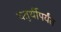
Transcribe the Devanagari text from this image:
चतुर्थीपर्यंत